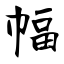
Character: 幅